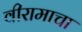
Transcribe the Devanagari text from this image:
वीरामाचा